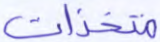
متخذات